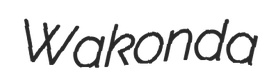
Wakonda